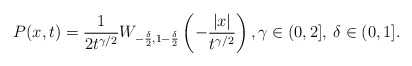
\begin{align*}P(x,t)= \frac{1}{2t^{\gamma/2}}W_{-\frac{\delta}{2},1-\frac{\delta}{2}}\left(-\frac{|x|}{t^{\gamma/2}}\right), \gamma\in (0,2], \: \delta \in (0,1].\end{align*}